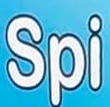
Spi